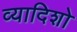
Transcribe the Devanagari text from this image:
व्यादिशो